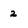
Character: 2